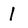
Character: 1